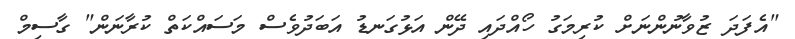
"އެފަދަ ޒުވާނުންނަށް ކުރިމަގު ހޯއްދައި ދޭން އަޅުގަނޑު އަބަދުވެސް މަސައްކަތް ކުރާނަން" ގާސިމް